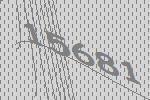
15681